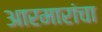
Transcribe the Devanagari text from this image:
आरमारांचा